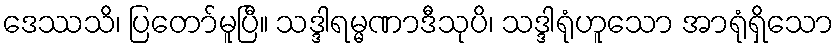
ဒေဿသိ၊ ပြတော်မူပြီ။ သဒ္ဒါရမ္မဏာဒီသုပိ၊ သဒ္ဒါရုံဟူသော အာရုံရှိသော